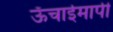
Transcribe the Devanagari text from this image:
ऊँचाईमापी